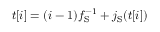
t [ i ] = ( i - 1 ) f _ { \mathrm { S } } ^ { - 1 } + j _ { \mathrm { S } } ( t [ i ] )